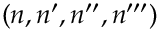
( n , n ^ { \prime } , n ^ { \prime \prime } , n ^ { \prime \prime \prime } )